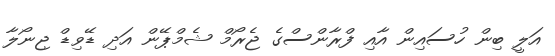
އަލީ ބިން ހުސައިން އާއި ފްރާންސްގެ ޖެރޯމް ޝެމްޕޭން އަދި ޑޭވިޑް ޖިނޯލާ